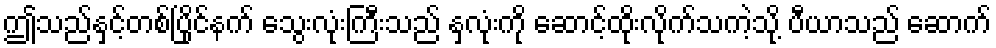
ဤသည်နှင့်တစ်ပြိုင်နက် သွေးလုံးကြီးသည် နှလုံးကို ဆောင့်ထိုးလိုက်သကဲ့သို့ ပီယာသည် ဆောက်